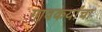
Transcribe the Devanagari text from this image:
गावकर्यांचा